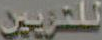
للتزيين